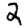
Digit: 2